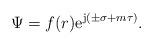
LaTeX: \begin{align*} \Psi = f(r) \mathrm{e}^{\mathrm{j} (\pm \sigma + m \tau )}.\end{align*}